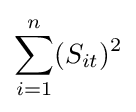
\sum _{i=1}^{n}(S_{it})^{2}